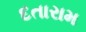
દતારામ